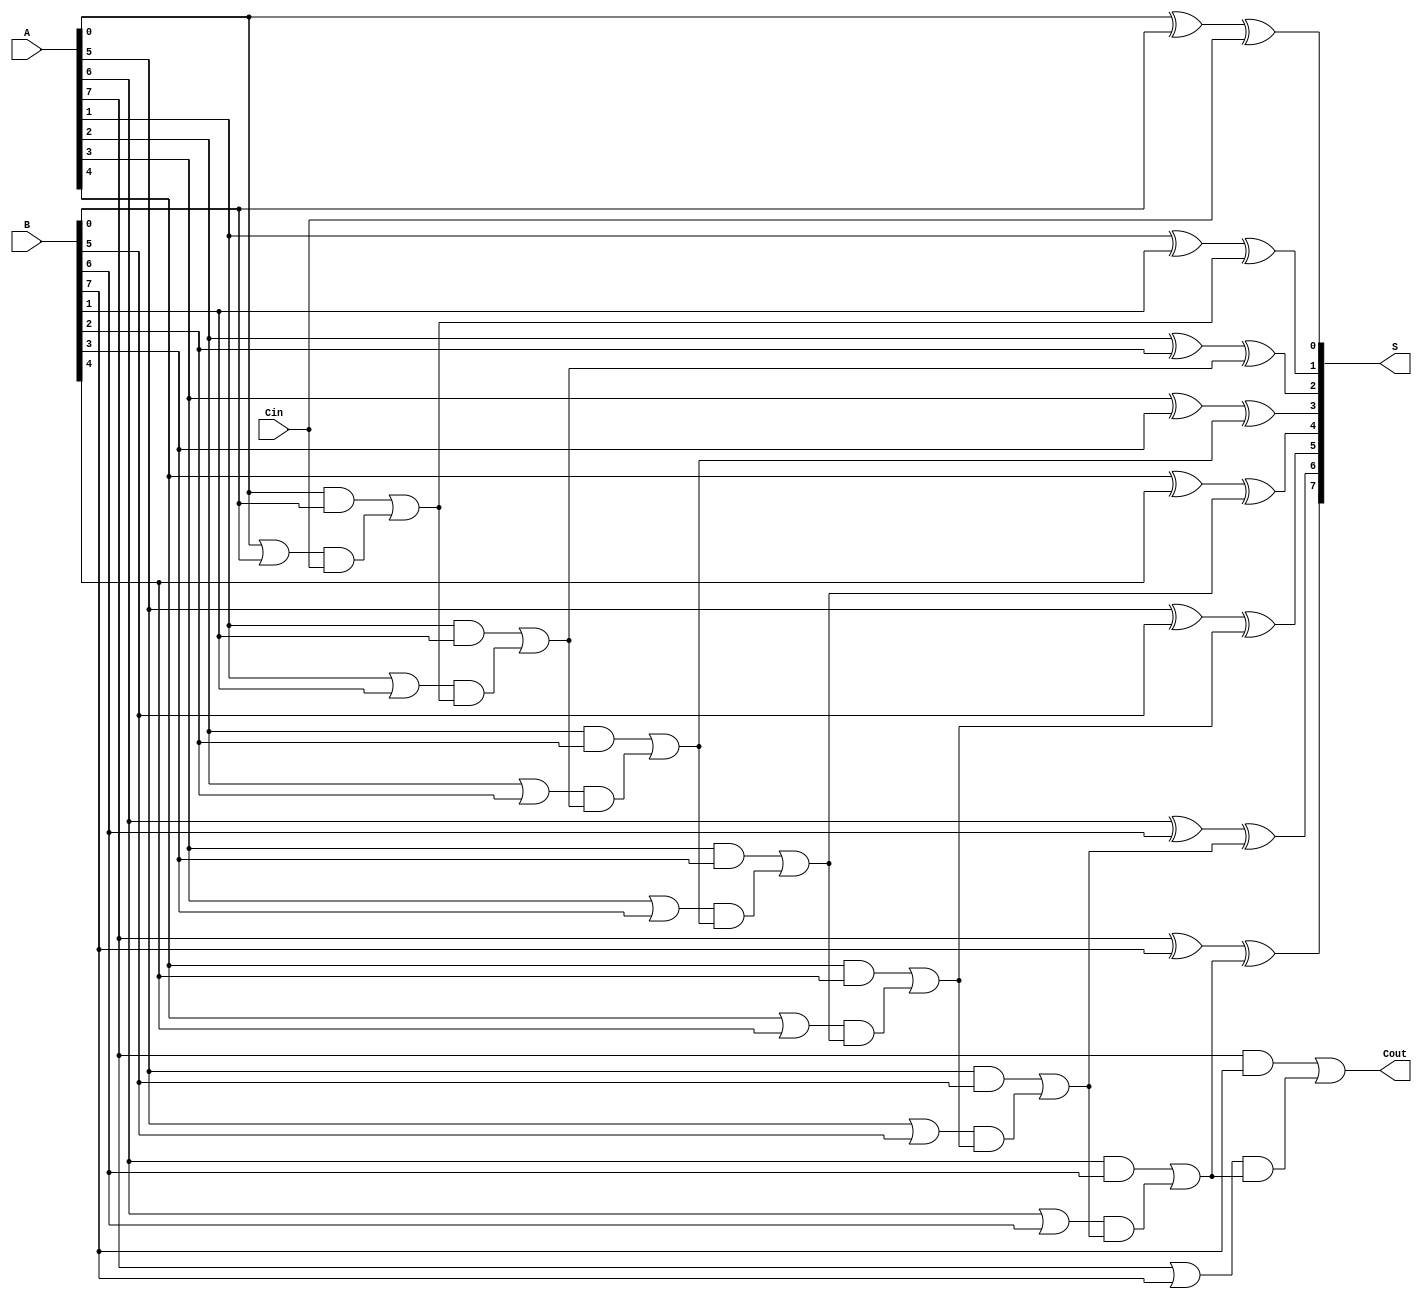
module VariableLatencyCLAA #(
    parameter N = 8  // Parameter for the width of the adder
)(
    input  wire [N-1:0] A,      // First n-bit input
    input  wire [N-1:0] B,      // Second n-bit input
    input  wire Cin,             // Carry-in
    output wire [N-1:0] S,       // Sum output
    output wire Cout             // Carry-out
);

    // Generate and propagate signals
    wire [N-1:0] G; // Generate signals
    wire [N-1:0] P; // Propagate signals
    wire [N:0] C;   // Carry signals

    // Compute Generate and Propagate signals
    genvar i;
    generate
        for (i = 0; i < N; i = i + 1) begin : gen_propagate
            assign G[i] = A[i] & B[i]; // Generate signal
            assign P[i] = A[i] | B[i]; // Propagate signal
        end
    endgenerate

    // Compute carry signals using hierarchical carry lookahead
    assign C[0] = Cin; // Initial carry input
    generate
        for (i = 0; i < N; i = i + 1) begin : carry_logic
            assign C[i + 1] = G[i] | (P[i] & C[i]);
        end
    endgenerate

    // Compute sum outputs
    generate
        for (i = 0; i < N; i = i + 1) begin : sum_logic
            assign S[i] = A[i] ^ B[i] ^ C[i]; // Sum output
        end
    endgenerate

    // Final carry-out
    assign Cout = C[N];

endmodule